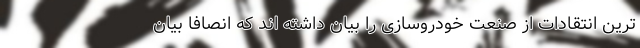
ترین انتقادات از صنعت خودروسازی را بیان داشته اند که انصافاً بیان